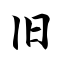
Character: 旧